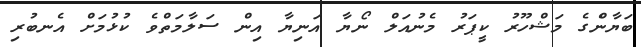
ބަޔާންެގެ މަޝްހޫރު ކީޕަރު މެނުއަލް ނޯޔާ އަނިޔާ އިން ސަލާމަތްވެ ކުޅުމަށް އެނބުރި